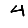
Digit: 4